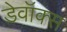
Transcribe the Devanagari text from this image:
डेवॉक्स